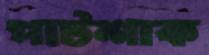
পাটশাক